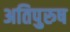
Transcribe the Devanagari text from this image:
अतिपुरुष